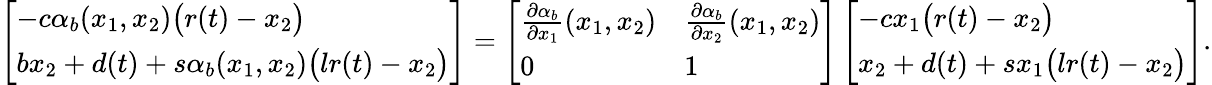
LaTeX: \begin{array}{r}{\left[\begin{array}{l}{-c\alpha_{b}(x_{1},x_{2})\big(r(t)-x_{2}\big)}\\ {bx_{2}+d(t)+s\alpha_{b}(x_{1},x_{2})\big(lr(t)-x_{2}\big)}\end{array}\right]=\left[\begin{array}{ll}{\frac{\partial\alpha_{b}}{\partial x_{1}}(x_{1},x_{2})}&{\frac{\partial\alpha_{b}}{\partial x_{2}}(x_{1},x_{2})}\\ {0}&{1}\end{array}\right]\left[\begin{array}{l}{-cx_{1}\big(r(t)-x_{2}\big)}\\ {x_{2}+d(t)+sx_{1}\big(lr(t)-x_{2}\big)}\end{array}\right].}\end{array}